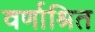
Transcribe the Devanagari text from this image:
वर्णाश्रित